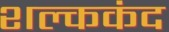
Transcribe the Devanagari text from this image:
शल्ककंद